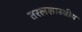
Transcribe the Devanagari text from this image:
तरलशास्त्रीय